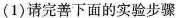
(1)请完善下面的实验步骤